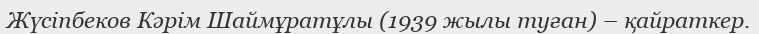
Жүсіпбеков Кәрім Шаймұратұлы (1939 жылы туған) – қайраткер.